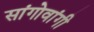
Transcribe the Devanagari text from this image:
सांगोवांगी